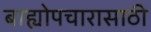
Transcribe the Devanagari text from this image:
बाह्योपचारासाठी